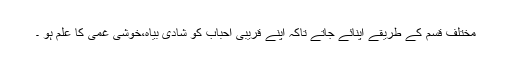
مختلف قسم کے طریقے اپنائے جاتے تاکہ اپنے قریبی احباب کو شادی بیاہ،خوشی غمی کا علم ہو ۔